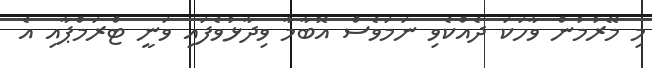
މި މޭރުމުން ވާހަކަ ދެއްކެވި ނަމަވެސް އޮބާމާ ވިދާޅުވެފައި ވަނީ ޓްރަމްޕާއި އެ